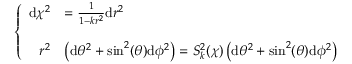
\left\{ \begin{array} { r l } { \mathrm { d } \chi ^ { 2 } } & { = \frac { 1 } { 1 - k r ^ { 2 } } \mathrm { d } r ^ { 2 } } \\ { \hfill } \\ { r ^ { 2 } } & { \left( \mathrm { d } \theta ^ { 2 } + \sin ^ { 2 } ( \theta ) \mathrm { d } \phi ^ { 2 } \right) = S _ { k } ^ { 2 } ( \chi ) \left( \mathrm { d } \theta ^ { 2 } + \sin ^ { 2 } ( \theta ) \mathrm { d } \phi ^ { 2 } \right) } \end{array} \right.